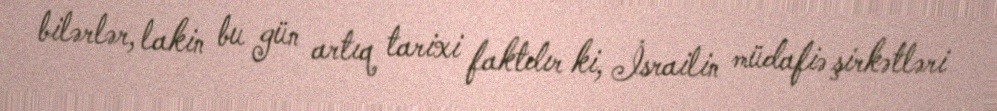
bilərlər, lakin bu gün artıq tarixi faktdır ki, İsrailin müdafiə şirkətləri